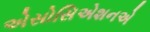
એસોસિએશનએ